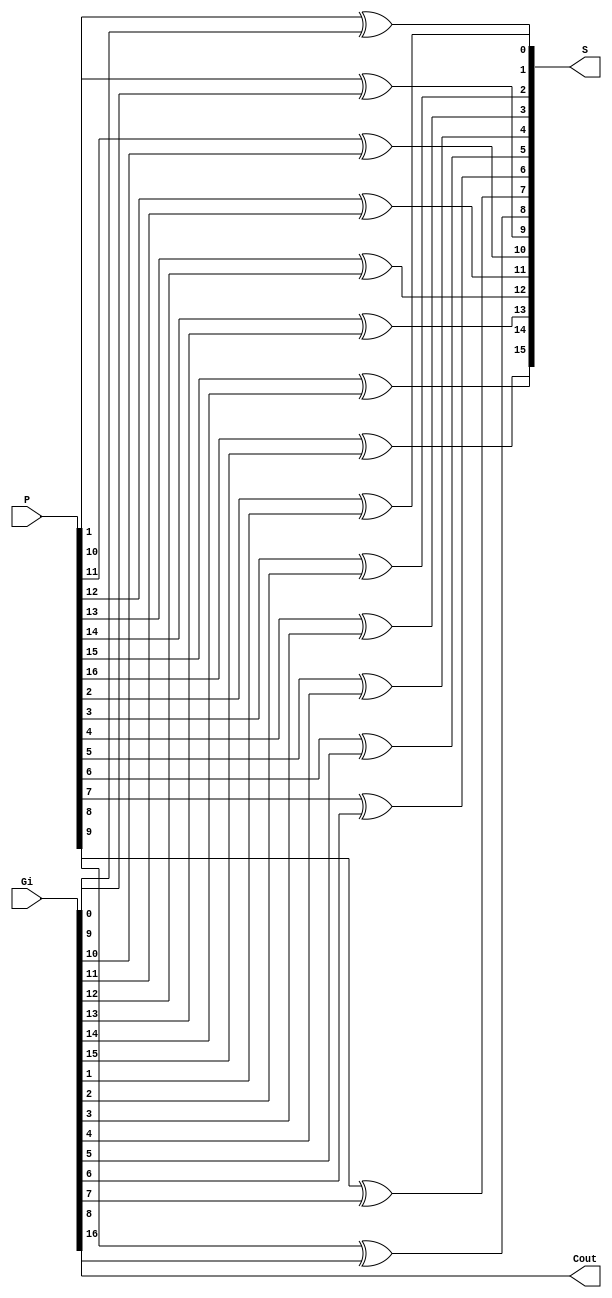
`timescale 1ns / 1ps
module Final_sum #(parameter WIDTH = 16)(
    input [WIDTH:0] P,
    input [WIDTH:0] Gi,
    output [WIDTH:1] S,
    output Cout
    );
    genvar i;
    generate
        for(i = 1; i <= WIDTH; i = i+1) begin: final_sum
            xor x(S[i], P[i], Gi[i-1]);
        end
    endgenerate
    
    assign Cout = Gi[WIDTH]; 
endmodule